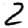
Digit: 2